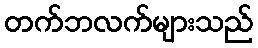
တက်ဘလက်များသည်